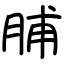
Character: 脯